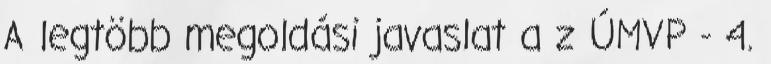
A legtöbb megoldási javaslat a z ÚMVP - 4.